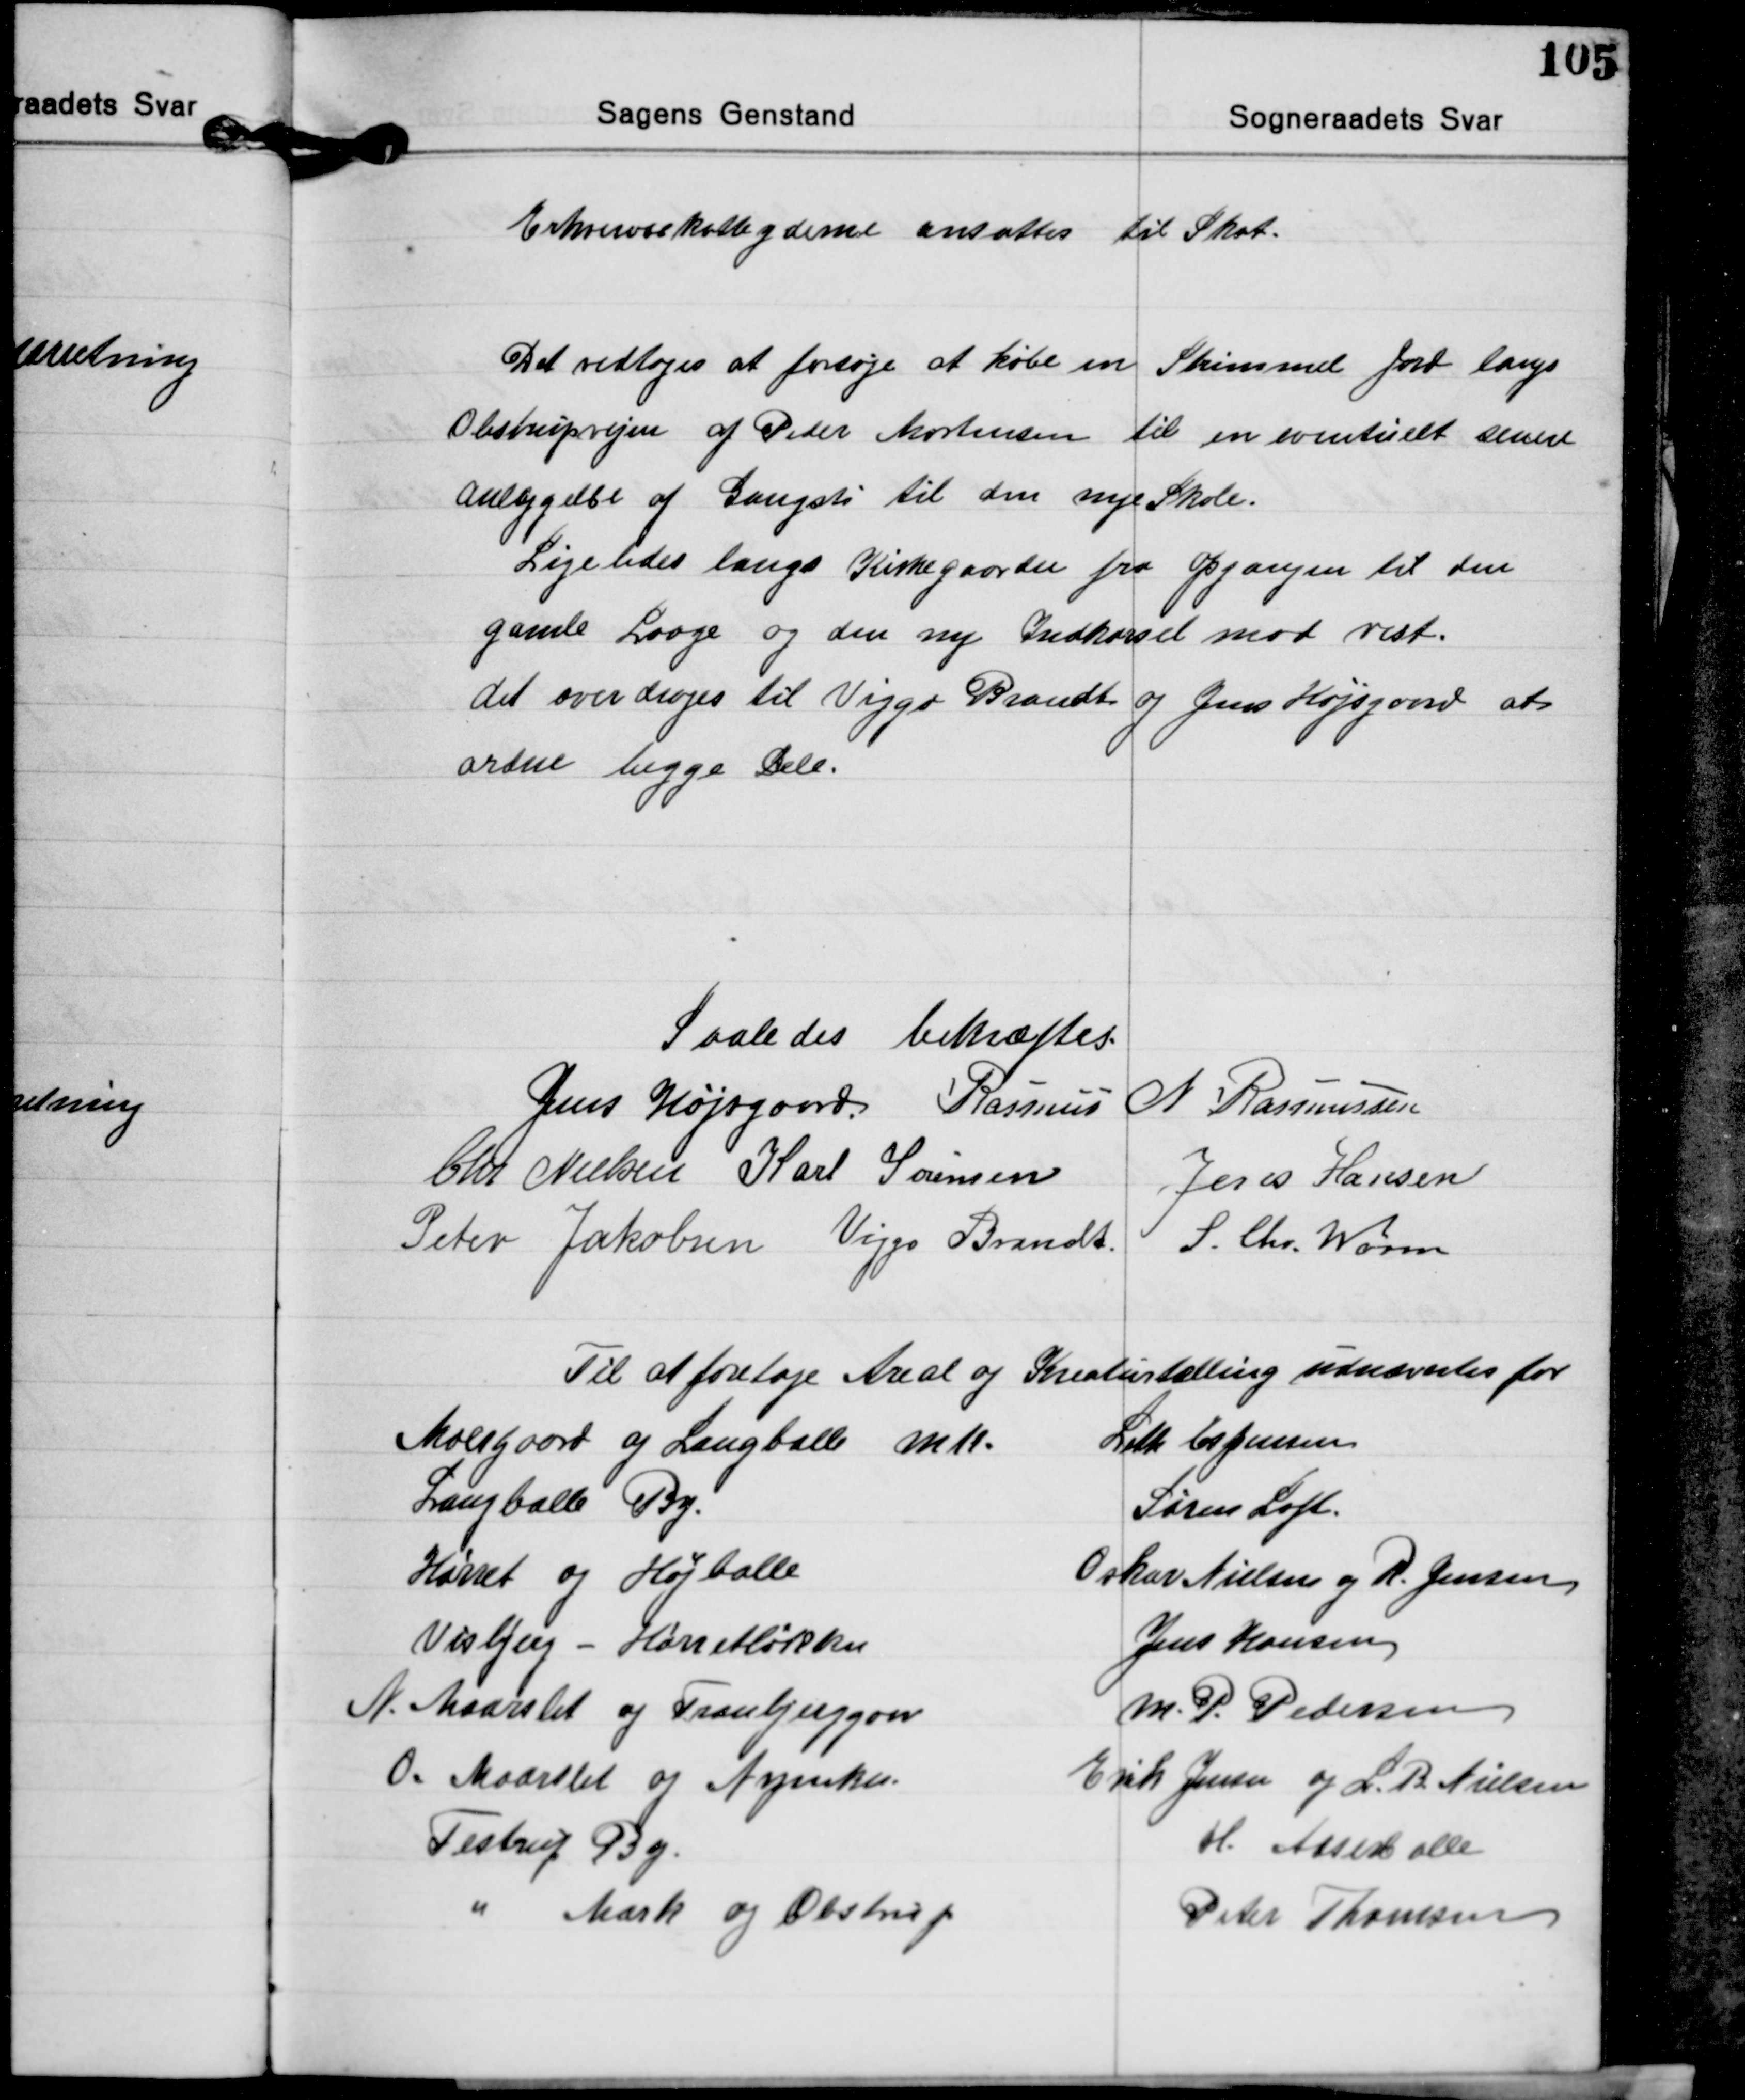
Transskription:
Erhvervsskatteyderne ansattes til Skat.

Det vedtoges at forsøge at købe en Strimmel Jord langs
Obstrupvejen af Peder Mortensen til en eventuelt senere
Anlæggelse af Gangsti til den nye Skole.
Ligeledes langs Kirkegaarden fra Opgangen til den
gamle Laage og den ny Indkørsel mod vest.
det overdroges til Viggo Brandt og Jens Højsgaard at
ordne begge Dele.

Saaledes bekræftes.
Jens Højsgaard Rasmus N. Rasmussen
Chr. Nielsen Karl Sørensen Jens Hansen
Peter Jakobsen Viggo Brandt S. Chr. Worm

Til at foretage Areal og Kreaturtælling udnævntes for

Moesgaard og Langballe mk.
Langballe By.
Hørret og Højballe
Visbjeg - Høretløkken
N. Maarslet og Tranbjerggaard
0. Maarslet og Nymarken.
Testrup By.
" Mark og Obstrup

Leth Espensen
Søren Loft.
Oskar Nielsen og R. Jensen
Jens Hansen
M. P. Pedersen
Erik Jensen og L. B. Nielsen
H. Asserballe
Peter Thomsen